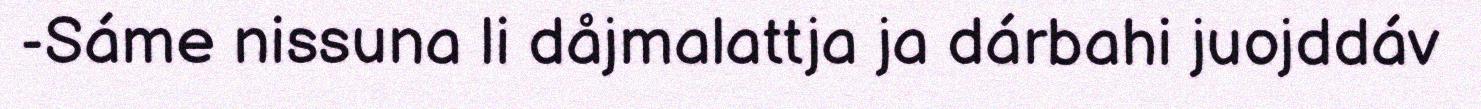
-Sáme nissuna li dåjmalattja ja dárbahi juojddáv